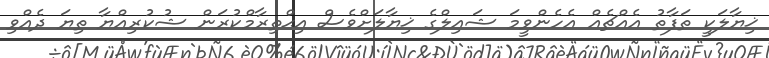
ޚިޔާލަކީ ތަފާތު އެއްޗެއް އެހެންވީމަ ޝައިލްގެ ޚިޔާލަށްވެސް އިޙްތިރާމްކުރަން ޝުކުރިއްޔާ ތިޔަ ދެއްވި